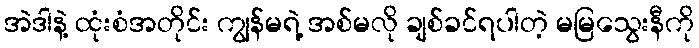
အဲဒါနဲ့ ထုံးစံအတိုင်း ကျွန်မရဲ့ အစ်မလို ချစ်ခင်ရပါတဲ့ မမြသွေးနီကို